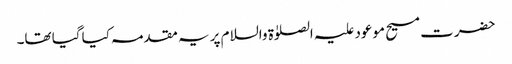
حضرت مسیح موعود علیہ الصلوٰۃ والسلام پر یہ مقدمہ کیا گیا تھا۔